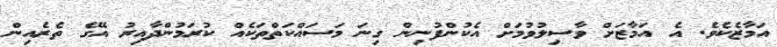
އަމާޒެކެވެ. އެ އަމާޒަށް ވާސިލުވުމަށް އެކުންފުނިން ގިނަ މަސައްކަތްތަކެއް ކުރަމުންދާއިރު އޭގެ ތެރެއިން